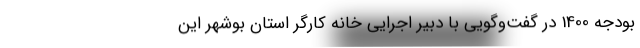
بودجه 1400 در گفت‌وگویی با دبیر اجرایی خانه کارگر استان بوشهر این